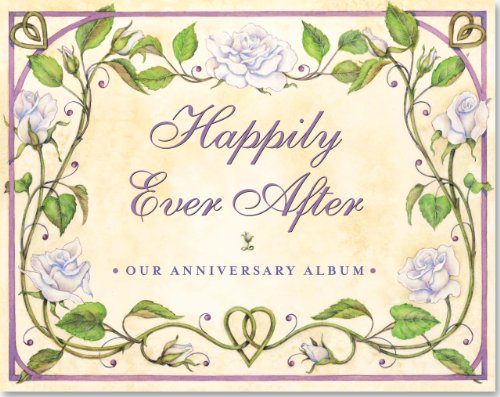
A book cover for Happily Ever After: Our Wedding Anniversary Album (Wedding Album, Wedding Book, Anniversary Book); Nick Beilenson; Crafts, Hobbies & Home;